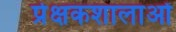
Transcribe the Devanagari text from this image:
प्रेक्षकशालाओं